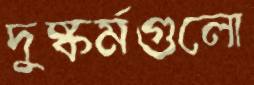
দুষ্কর্মগুলো